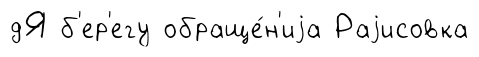
дЯ б'ер'егу обраще́н'иjа Раjисовка